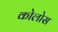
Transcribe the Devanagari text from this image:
कोलोस